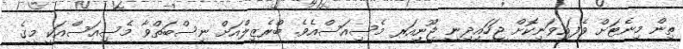
ތިން މިނެޓަށް ވެފައިވަނިކޮށް ޖަހައިދިނީ ޖޫނިއަރ މެސިއަސްއެވެ. ބްރެޒިލްއަށް ނިސްބަތްވާ މެސިއަސްއަކީ މީގެ